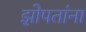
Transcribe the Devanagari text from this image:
झोपतांना